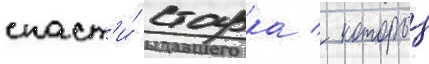
спаст'и́ старка / которыи